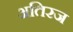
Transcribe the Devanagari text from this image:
अतिरज